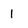
Character: 1